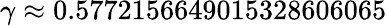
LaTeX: \gamma\approx 0.5772156649015328606065